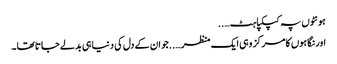
ہونٹوں پہ کپکپاہٹ…..
اور نگاہوں کا مرکز وہی ایک منظر…..جو ان کے دل کی دنیا ہی بدلے جاتا تھا۔